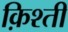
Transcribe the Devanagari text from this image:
क़िश्ती